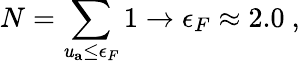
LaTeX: N=\sum_{\mathit{u}_{\mathbf{{a}}}\leq\epsilon_{F}}1\rightarrow\epsilon_{F}\approx2.0~,